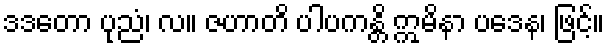
ဒဒတော ပုညံ၊ လ။ ဇဟာတိ ပါပကန္တိ ဣမိနာ ပဒေန၊ ဖြင့်။